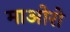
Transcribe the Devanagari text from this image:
माओरो